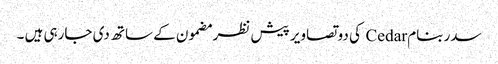
سدر بنام Cedar کی دو تصاویر پیش نظر مضمون کے ساتھ دی جارہی ہیں ۔